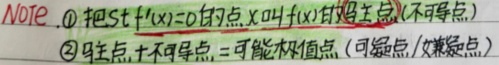
NOTE. \textcircled{1} 把使\(f'(x)=0\)的点\(x\)叫\(f(x)\)的驻点(不可导点)
\textcircled{2} 驻点, 不可导点, =可能极值点(可疑点/嫌疑点)